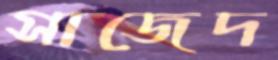
সাজেদ